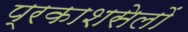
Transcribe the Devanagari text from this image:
प्रकाशसेलों